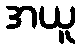
အယူ